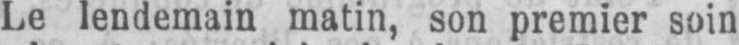
Le lendemain matin, son premier soin